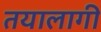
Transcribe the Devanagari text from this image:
तयालागी